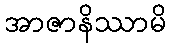
အာဇာနိဿာမိ